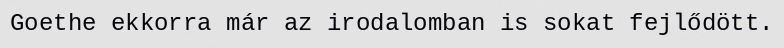
Goethe ekkorra már az irodalomban is sokat fejlődött.